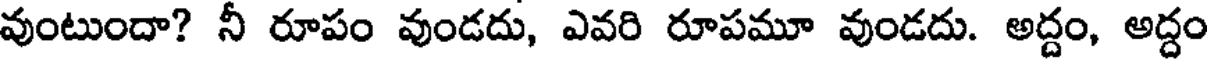
వుంటుందా? నీ రూపం వుండదు, ఎవరి రూపమూ వుండదు. అద్దం, అద్దం